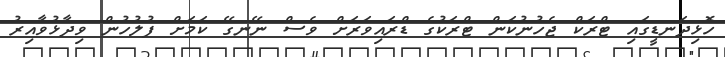
ހޮޅިދަނޑީގައި ޓްރަކް ޖެހުނުކަން ޓްރަކުގެ ޑްރައިވަރަށް ވެސް ނޭނގޭ ކަމަށް ފުލުހުން ވިދާޅުވާއިރު